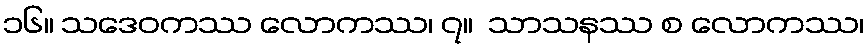
၁၆။ သဒေဝကဿ လောကဿ၊ ၇။  သာသနဿ စ လောကဿ၊